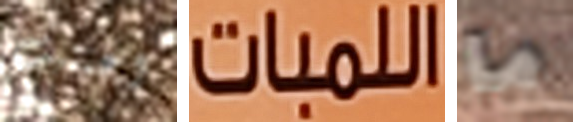
اعتنيت اللمبات ما